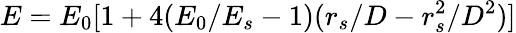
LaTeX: E=E_{0}[1+4(E_{0}/E_{s}-1)(r_{s}/D-r_{s}^{2}/D^{2})]